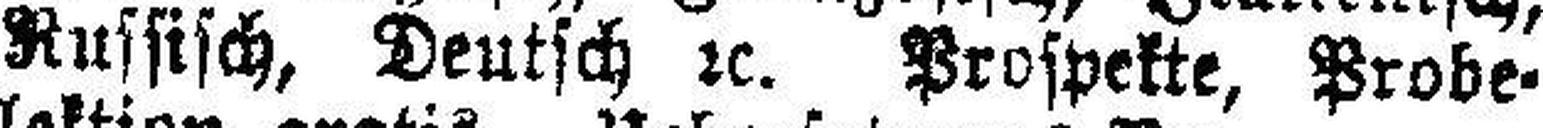
Russisch, Deutsch rc. Prospekte, Probe¬